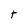
Character: t